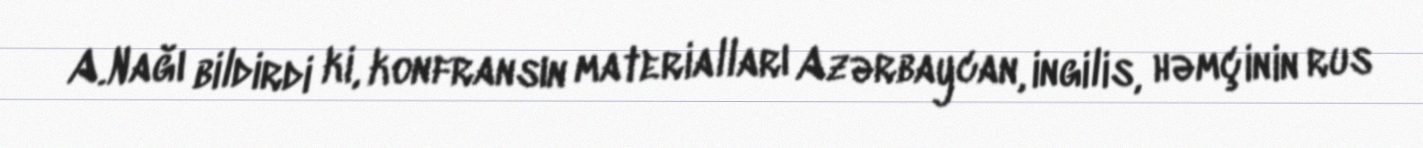
A.Nağı bildirdi ki, konfransın materialları Azərbaycan, ingilis, həmçinin rus